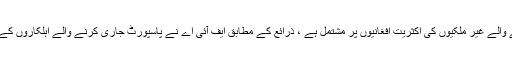
اطلاعات کے مطابق جعلی پاکستانی پاسپورٹ بنوانے والے غیر ملکیوں کی اکثریت افغانیوں پر مشتمل ہے ، ذرائع کے مطابق ایف آئی اے نے پاسپورٹ جاری کرنے والے اہلکاروں کے نام بھی مانگے ہیں، جن کی گرفتاری کا امکان ہے۔